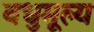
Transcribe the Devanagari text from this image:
वधुमूल्य